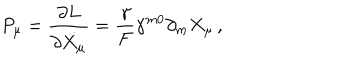
P _ { \mu } = \frac { \partial L } { \partial \dot { X _ { \mu } } } = \frac { \gamma } { F } \gamma ^ { m 0 } \partial _ { m } X _ { \mu } \, ,